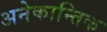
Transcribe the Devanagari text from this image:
अनेकान्तिक